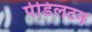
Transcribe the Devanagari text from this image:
पेडिलटन